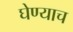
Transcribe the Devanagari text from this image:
घेण्याच